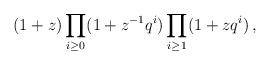
LaTeX: \begin{align*} (1+z)\prod_{i\geq0}(1+z^{-1}q^i)\prod_{i\geq1}(1+zq^i) \,,\end{align*}